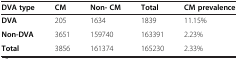
<table><thead><tr><td><b>DVA type</b></td><td><b>CM</b></td><td><b>Non- CM</b></td><td><b>Total</b></td><td><b>CM prevalence</b></td></tr></thead><tbody><tr><td><b>DVA</b></td><td>205</td><td>1634</td><td>1839</td><td>11.15%</td></tr><tr><td><b>Non-DVA</b></td><td>3651</td><td>159740</td><td>163391</td><td>2.23%</td></tr><tr><td><b>Total</b></td><td>3856</td><td>161374</td><td>165230</td><td>2.33%</td></tr></tbody></table>